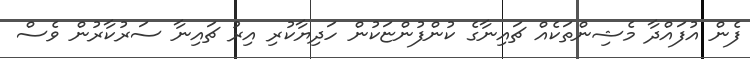
ފެން އުފައްދާ މެޝިންތަކެއް ޗައިނާގެ ކުންފުންޏަކުން ހަދިޔާކުރި އިރު ޗައިނާ ސަރުކާރުން ވެސް